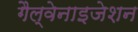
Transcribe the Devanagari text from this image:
गैल्वेनाइजेशन